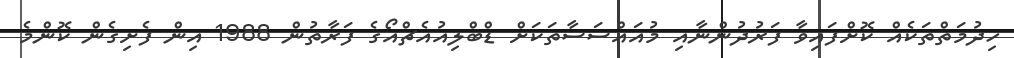
ހިދުމަތްތަކެއް ކޮށްފައިވާ ފަރުދުންނާއި މުއައްސަސާތަކަށް ޑްބްލިއުއެޗްއޯގެ ފަރާތުން 1988 އިން ފެށިގެން ކޮންމެ